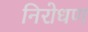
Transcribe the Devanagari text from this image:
निरोधण